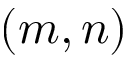
( m , n )